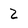
Character: 2